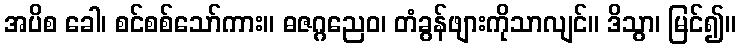
အပိစ ခေါ၊ စင်စစ်သော်ကား။ ဓဇဂ္ဂညေဝ၊ တံခွန်ဖျားကိုသာလျင်။ ဒိသွာ၊ မြင်၍။